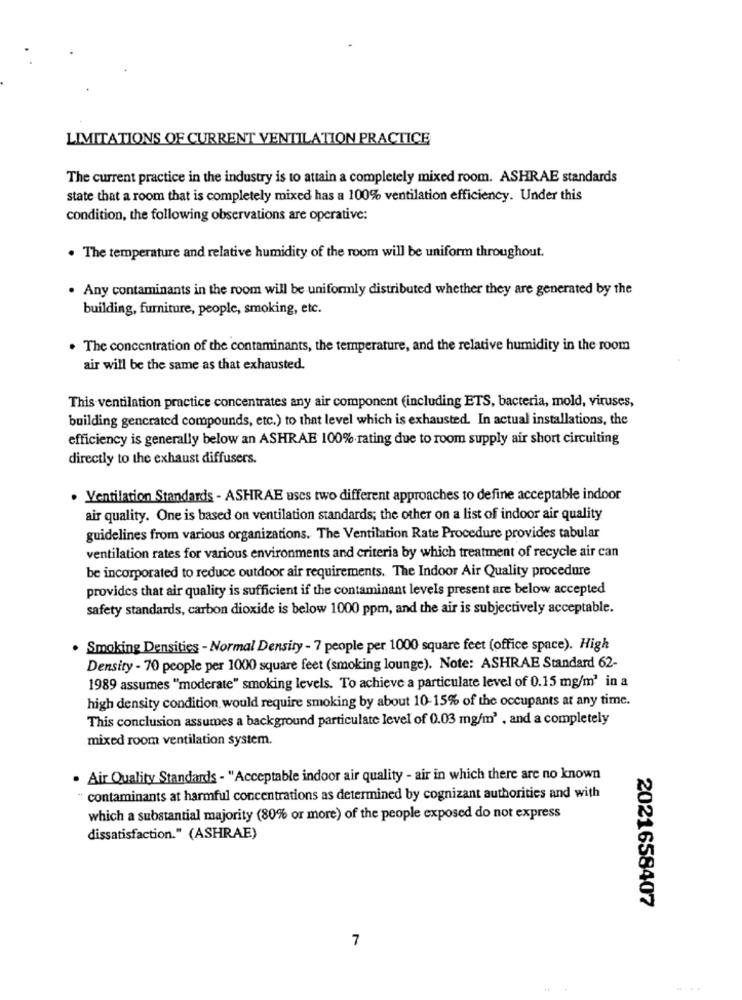
LIMITATIONS OF CURRENT VENTILATION PRACTICE
The current practice in the industry is to attain a completely mixed room. ASHRAE standards
state that a room that is completely mixed has a 100% ventilation efficiency. Under this
condition, the following observations are operative:
. The temperature and relative humidity of the room will be uniform throughout.
. Any contaminants in the room will be uniformly distributed whether they are generated by the
building, furniture, people, smoking, etc.
. The concentration of the contaminants, the temperature, and the relative humidity in the room
air will be the same as that exhausted.
This ventilation practice concentrates any air component (including ETS, bacteria, mold, viruses,
building gencrated compounds, etc.) to that level which is exhausted. In actual installations, the
efficiency is generally below an ASHRAE 100% rating due to room supply air short circuiting
directly to the exhaust diffusers.
. Ventilation Standards - ASHRAE uscs two different approaches to define acceptable indoor
air quality. One is based on ventilation standards; the other on a list of indoor air quality
guidelines from various organizations. The Ventilation Rate Procedure provides tabular
ventilation rates for various environments and criteria by which treatment of recycle air can
be incorporated to reduce outdoor air requirements. The Indoor Air Quality procedure
provides that air quality is sufficient if the contaminant levels present are below accepted
safety standards, carbon dioxide is below 1000 ppm, and the air is subjectively acceptable.
· Smoking Densities - Normal Density - 7 people per 1000 square feet (office space). High
Density - 70 people per 1000 square feet (smoking lounge). Note: ASHRAE Standard 62-
1989 assumes "moderate" smoking levels. To achieve a particulate level of 0.15 mg/m3 in a
high density condition would require smoking by about 10-15% of the occupants at any time.
This conclusion assumes a background particulate level of 0.03 mg/m' , and a completely
mixed room ventilation system.
. Air Quality Standards - "Acceptable indoor air quality - air in which there are no known
contaminants at harmful concentrations as determined by cognizant authorities and with
which a substantial majority (80% or more) of the people exposed do not express
dissatisfaction." (ASHRAE)
2021658407
7